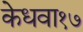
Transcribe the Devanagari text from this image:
केधवा१७